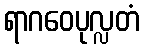
ရာဂဝေပုလ္လတံ